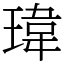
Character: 瑋